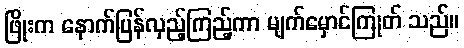
ဖြိုးက နောက်ပြန်လှည့်ကြည့်ကာ မျက်မှောင်ကြုတ် သည်။